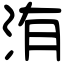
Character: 洧